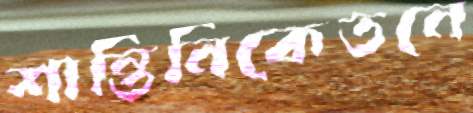
শান্তিনিকেতনে